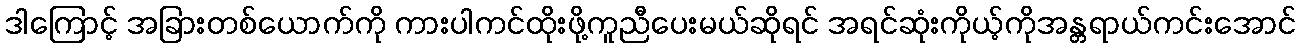
ဒါကြောင့် အခြားတစ်ယောက်ကို ကားပါကင်ထိုးဖို့ကူညီပေးမယ်ဆိုရင် အရင်ဆုံးကိုယ့်ကိုအန္တရာယ်ကင်းအောင်